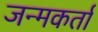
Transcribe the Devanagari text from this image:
जन्मकर्ता